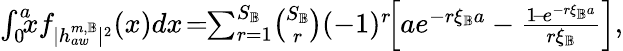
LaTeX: \begin{array}{r}{\int_{0}^{a}\! \! \! {x}f_{|h_{aw}^{m,\mathbb{B}}|^{2}}({x})d{x}\! =\! \! \sum_{r=1}^{S_{\mathbb{B}}}\! \binom{S_{\mathbb{B}}}{r}(-1)^{r}\! \! \left[ae^{-r\xi_{\mathbb{B}}a}-\frac{1\! -\! e^{-r\xi_{\mathbb{B}}a}}{r\xi_{\mathbb{B}}}\right],}\end{array}